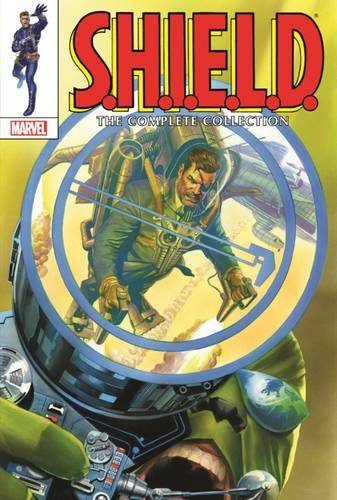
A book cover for S.H.I.E.L.D.: The Complete Collection Omnibus; Marvel Comics; Comics & Graphic Novels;